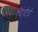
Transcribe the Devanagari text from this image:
चिंचेचें